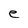
Character: e